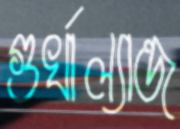
গুর্খাল্যান্ড